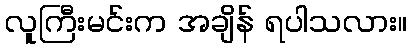
လူကြီးမင်းက အချိန် ရပါသလား။